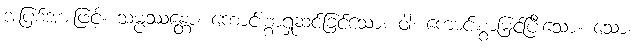
အပြစ်အားဖြင့်။ သမ္ပဿန္တော၊ ကောင်းစွာရှုဆင်ခြင်သော။ ဝါ၊ ကောင်းစွာမြင်ပြီးသော။ သော၊